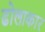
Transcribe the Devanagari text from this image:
ढोलाकार